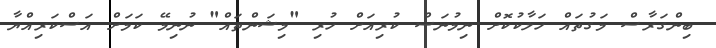
ބިންގަރާސް މަގުތައް ހަލާކުކޮށް ނިމުނަސް ކުރިއަށް ހުރި "މިޝަންތައް" ނުނިމޭ ކަމަށް އަސްކަރިއްޔާ